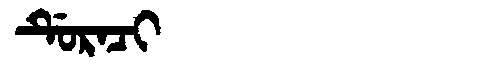
Manchu: ᡩᡠᡵᠠᠴᡳ
Romanization: DURACI